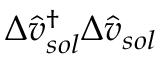
\Delta \hat { v } _ { s o l } ^ { \dagger } \Delta \hat { v } _ { s o l }